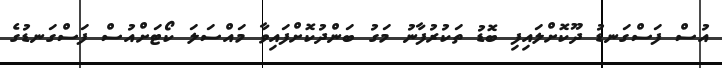
އުސް ފަސްގަނޑު ދޫކޮށްލައިފި ބޮޑު ތަކުރުފާނު މަގު ބަންދުކޮށްފައިވާ މައްސަލަ ކޯޓަށްއުސް ފަސްގަނޑުގެ